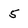
Character: 5